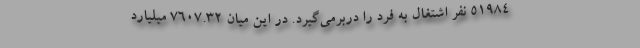
۵۱۹۸۴ نفر اشتغال به فرد را دربرمی‌گیرد. در این میان ۷۶۰۷.۳۲ میلیارد